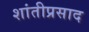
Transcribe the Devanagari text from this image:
शांतीप्रसाद